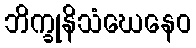
ဘိက္ခုနိသံဃေနေဝ